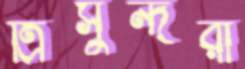
ত্রিসুন্দরী